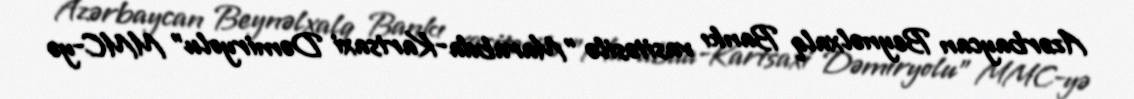
Azərbaycan Beynəlxalq Bankı vasitəsilə "Marabda-Kartsaxi Dəmiryolu" MMC-yə